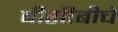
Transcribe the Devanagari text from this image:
बीसीबीचे